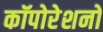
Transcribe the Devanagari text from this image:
कॉपोरेशनों